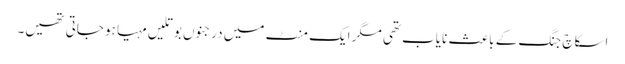
اسکاچ جنگ کے باعث نایاب تھی مگر ایک منٹ میں درجنوں بوتلیں مہیا ہو جاتی تھیں۔